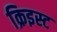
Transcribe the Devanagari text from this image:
क्रिइस्ट